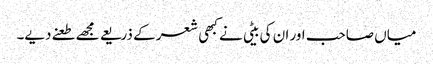
میاں صاحب اور ان کی بیٹی نے کبھی شعر کے ذریعے مجھے طعنے دیے۔